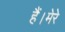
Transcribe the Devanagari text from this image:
हैं।मेरे